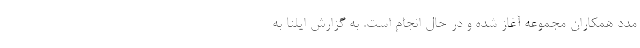
مدد همکاران مجموعه آغاز شده و در حال انجام است. به گزارش ایلنا به